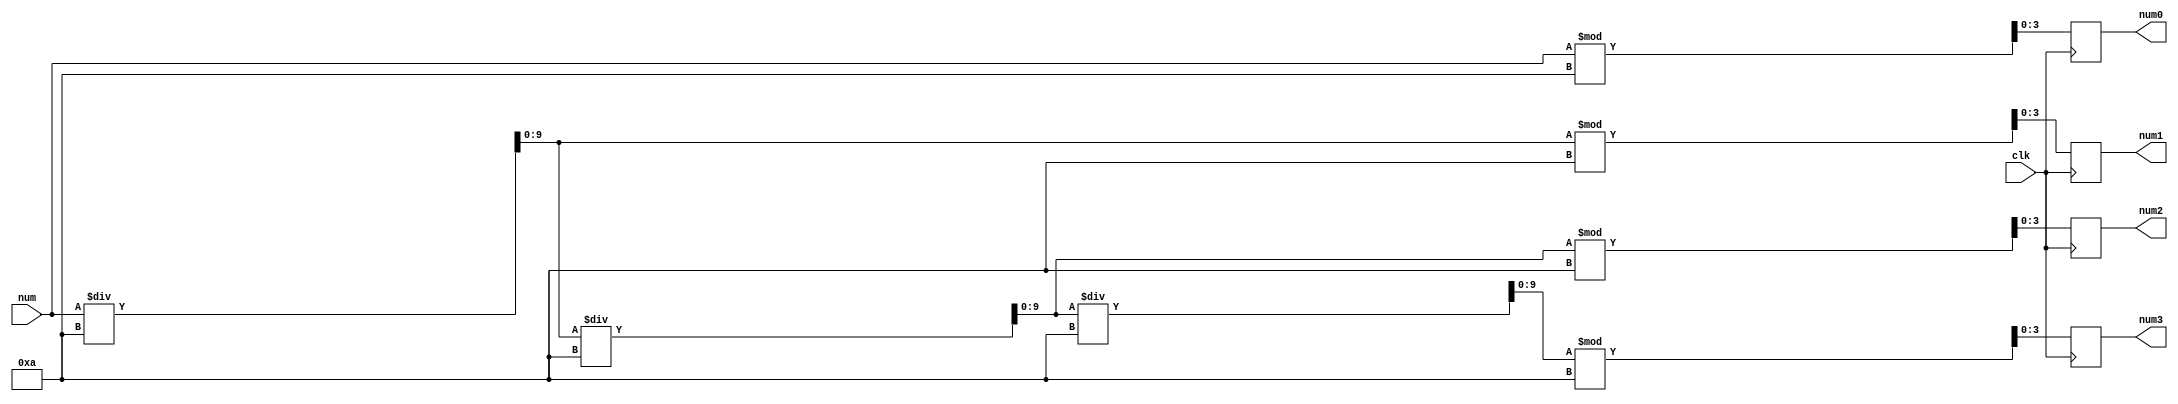
`timescale 1ns / 1ps
//////////////////////////////////////////////////////////////////////////////////
// Company: 
// Engineer: 
// 
// Design Name: 
// Module Name: binary_2_bcd
// Project Name: 
// Target Devices: 
// Tool Versions: 
// Description: 
// 
// Dependencies: 
// 
// Revision:
// Revision 0.01 - File Created
// Additional Comments:
// 
//////////////////////////////////////////////////////////////////////////////////


module binary_2_bcd(
    input clk,
    input [9:0] num,
    output reg [3:0] num0,
    output reg [3:0] num1,
    output reg [3:0] num2,
    output reg [3:0] num3       
    );
    reg [9:0] num_interim;

    always @(posedge clk)
        begin
        num_interim = num;
        
        num0=num_interim%10;
        num_interim = num_interim / 10;
        
        num1=num_interim%10;
        num_interim = num_interim / 10;
        
        num2=num_interim%10;
        num_interim = num_interim / 10;
        
        num3=num_interim%10;
        num_interim = num_interim / 10;
        
        end
   
endmodule